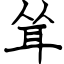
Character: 耸